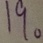
1 9 。